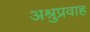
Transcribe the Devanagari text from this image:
अश्रुप्रवाह